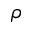
\rho